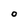
Character: O